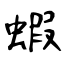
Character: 蝦